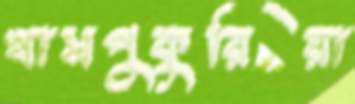
খাসপুকুরিয়া